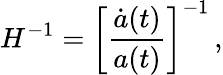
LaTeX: H^{-1}=\left[\frac{\dot{a}(t)}{a(t)}\right]^{-1}\, ,